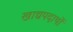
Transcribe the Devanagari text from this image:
खाद्यपदार्थो